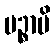
ပဉ္စာပိ